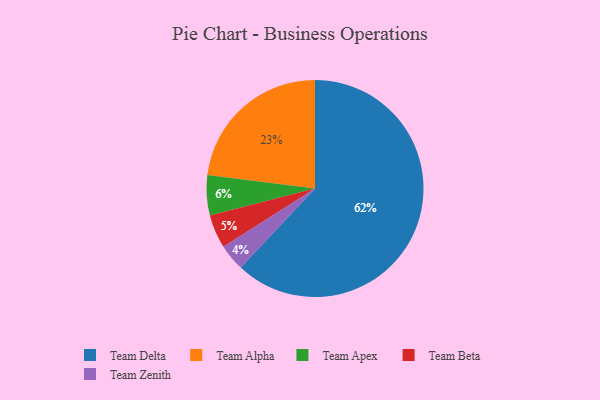
{"axis": {"x": "Category", "y": "Percentage"}, "legend": ["Team Alpha", "Team Apex", "Team Beta", "Team Delta", "Team Zenith"], "data": [{"x": "Team Zenith", "y": 4, "type": "Team Zenith"}, {"x": "Team Alpha", "y": 23, "type": "Team Alpha"}, {"x": "Team Apex", "y": 6, "type": "Team Apex"}, {"x": "Team Beta", "y": 5, "type": "Team Beta"}, {"x": "Team Delta", "y": 62, "type": "Team Delta"}]}